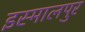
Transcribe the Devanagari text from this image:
इस्मालपुर